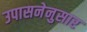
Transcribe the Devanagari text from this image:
उपासनेनुसार